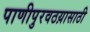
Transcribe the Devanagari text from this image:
पाणीपुरवठय़ासाठी